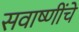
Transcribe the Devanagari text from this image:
सवाष्णींचे